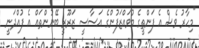
"މިހާރު ވެސް އެ ފަންތީގެ މުވައްޒަފުންގެ އަސާސީ ޒަރޫރީ ބޭނުންތައް އެ ފުއްދަނީ